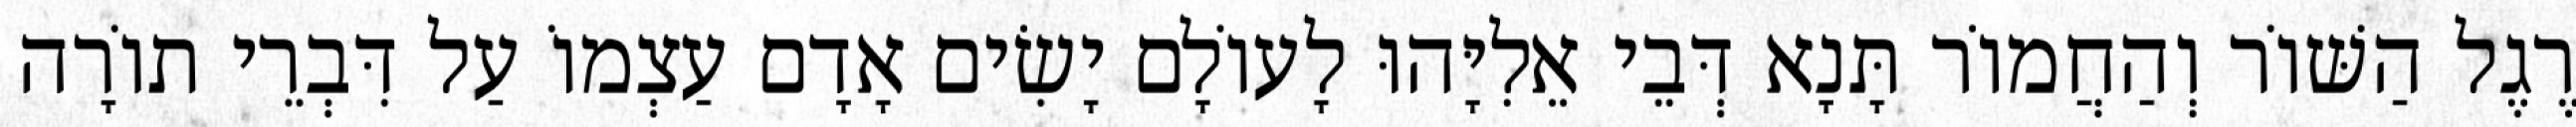
רֶגֶל הַשּׁוֹר וְהַחֲמוֹר תָּנָא דְּבֵי אֵלִיָּהוּ לָעוֹלָם יָשִׂים אָדָם עַצְמוֹ עַל דִּבְרֵי תוֹרָה